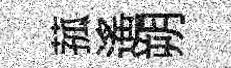
菰遥朔